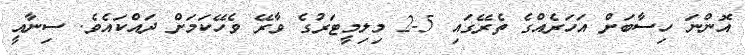
އޮންނަ ހިސާބަށް އަހަރެއްގެ ތެރޭގައި 5-2 މިލިމީޓަރުގެ ވާރޭ ވެހޭކަމަށް ދައްކައެވެ. ސިނާއީ